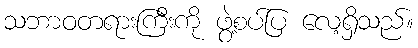
သဘာဝတရားကြီးကို ဖွဲ့စပ်ပြ လေ့ရှိသည်။